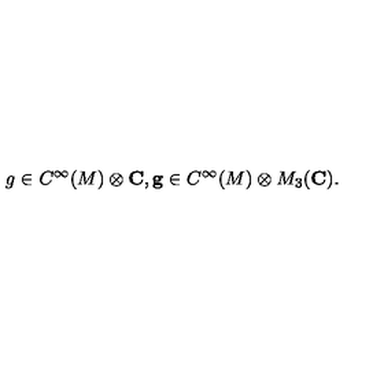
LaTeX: g \in C ^ { \infty } ( M ) \otimes { \bf C } , { \bf g } \in C ^ { \infty } ( M ) \otimes M _ { 3 } ( { \bf C } ) .